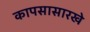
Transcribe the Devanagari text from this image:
कापसासारखे